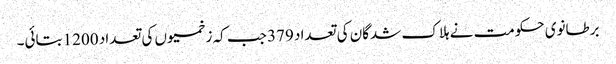
برطانوی حکومت نے ہلاک شدگان کی تعداد 379 جب کہ زخمیوں کی تعداد 1200 بتائی۔